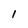
Character: l